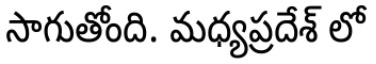
సాగుతోంది. మధ్యప్రదేశ్ లో